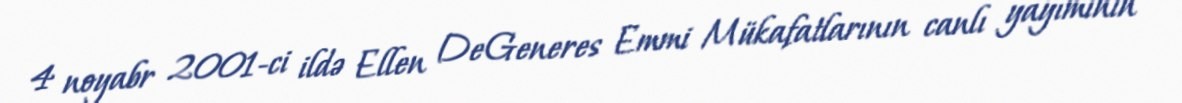
4 noyabr 2001-ci ildə Ellen DeGeneres Emmi Mükafatlarının canlı yayımının